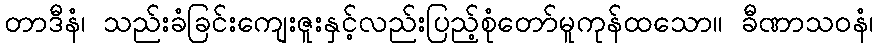
တာဒီနံ၊ သည်းခံခြင်းကျေးဇူးနှင့်လည်းပြည့်စုံတော်မူကုန်ထသော။ ခီဏာသဝနံ၊